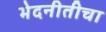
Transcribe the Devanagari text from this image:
भेदनीतीचा